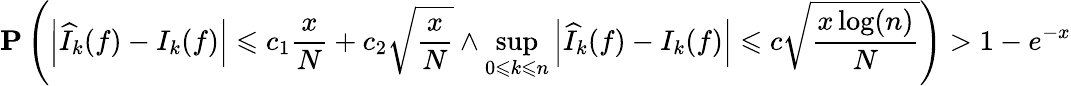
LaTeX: \mathbf{P}\left(\left|{\widehat{I}}_{k}(f)-I_{k}(f)\right|\leqslant c_{1}{\frac{x}{N}}+c_{2}{\sqrt{\frac{x}{N}}}\land\operatorname*{sup}_{0\leqslant k\leqslant n}\left|{\widehat{I}}_{k}(f)-I_{k}(f)\right|\leqslant c{\sqrt{\frac{x\log(n)}{N}}}\right)>1-e^{-x}